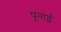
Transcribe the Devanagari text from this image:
पूनाई